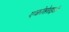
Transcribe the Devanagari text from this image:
एक्रोसेराइडी